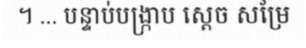
។ ... បន្ទាប់បង្ក្រាប ស្តេច សម្រែ